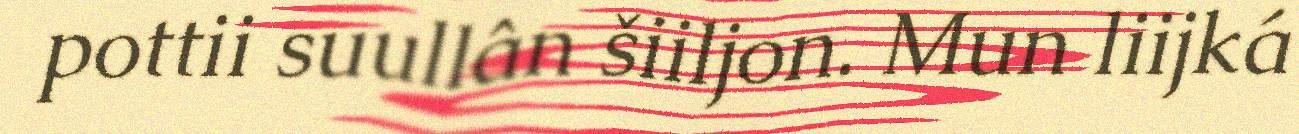
pottii suullân šiiljon. Mun liijká